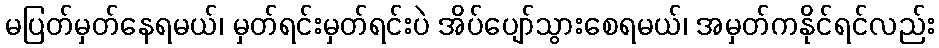
မပြတ်မှတ်နေရမယ်၊ မှတ်ရင်းမှတ်ရင်းပဲ အိပ်ပျော်သွားစေရမယ်၊ အမှတ်ကနိုင်ရင်လည်း